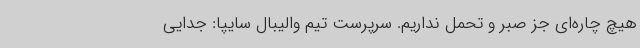
هیچ چاره‌ای جز صبر و تحمل نداریم. سرپرست تیم ‌والیبال سایپا: جدایی